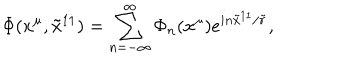
\Phi ( x ^ { \mu } , { \tilde { x } } ^ { 1 1 } ) = \sum _ { n = - \infty } ^ { \infty } \Phi _ { n } ( x ^ { \mu } ) e ^ { i n { \tilde { x } } ^ { 1 1 } / { \tilde { r } } } ,